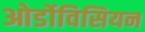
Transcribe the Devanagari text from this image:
ओर्डोविसियन